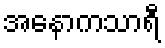
အနောကသာရီ